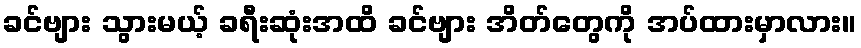
ခင်ဗျား သွားမယ့် ခရီးဆုံးအထိ ခင်ဗျား အိတ်တွေကို အပ်ထားမှာလား။